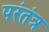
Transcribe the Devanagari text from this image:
परंतंत्र